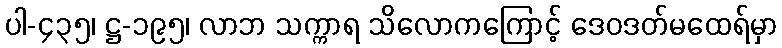
ပါ-၄၃၅၊ ဋ္ဌ-၁၉၅၊ လာဘ သက္ကာရ သိလောကကြောင့် ဒေဝဒတ်မထေရ်မှာ